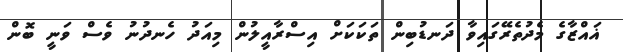
ޣައްޒާގެ މެދުތެރޭގައިވާ ދަނޑުބިން ތަކަކަށް އިސްރާއީލުން މިއަދު ހެނދުނު ވެސް ވަނީ ބޮން